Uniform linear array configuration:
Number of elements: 48
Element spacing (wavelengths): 0.25
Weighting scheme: blackman
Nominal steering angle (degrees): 60
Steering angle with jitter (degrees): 60.822
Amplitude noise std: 0.05
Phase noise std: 0.05

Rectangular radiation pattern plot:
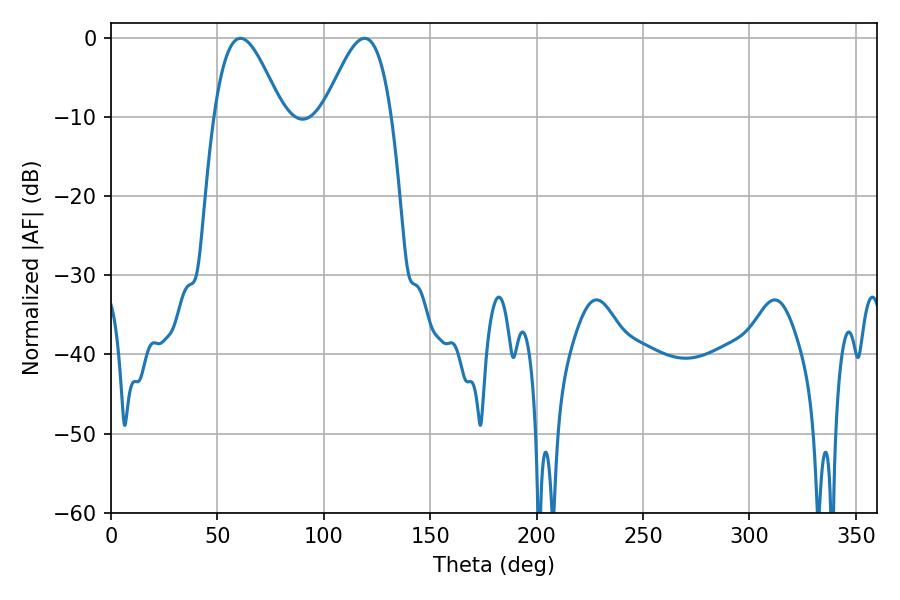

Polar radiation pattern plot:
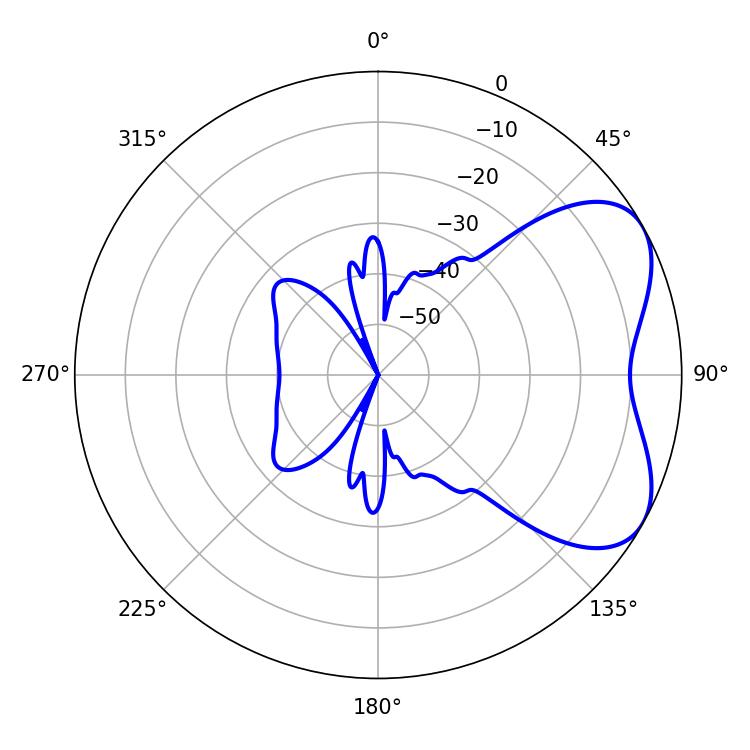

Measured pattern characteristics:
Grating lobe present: FALSE
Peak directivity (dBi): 5.196
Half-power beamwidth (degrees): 17.1
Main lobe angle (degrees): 60.84